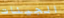
الجينات